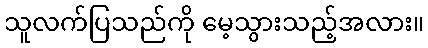
သူလက်ပြသည်ကို မေ့သွားသည့်အလား။